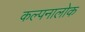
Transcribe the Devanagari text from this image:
कल्पनालोक